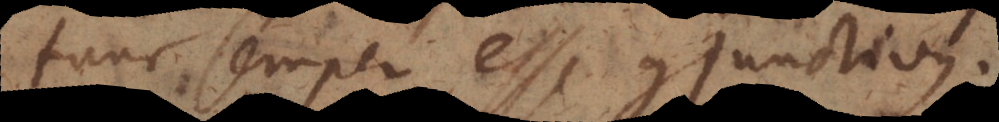
tunc semper esse conjunctivus.